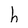
Character: h